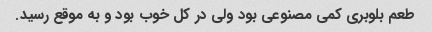
طعم بلوبری کمی مصنوعی بود ولی در کل خوب بود و به موقع رسید.